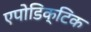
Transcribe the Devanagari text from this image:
एपोडिक्टिक